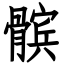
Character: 髌